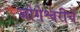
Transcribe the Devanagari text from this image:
जोगेश्वरीचे